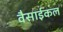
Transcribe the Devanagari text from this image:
वैसाईकल